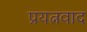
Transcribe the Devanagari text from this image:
प्रयत्नवाद